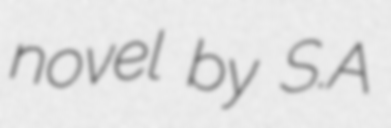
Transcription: novel by S.A